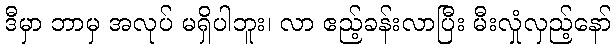
ဒီမှာ ဘာမှ အလုပ် မရှိပါဘူး၊ လာ ဧည့်ခန်းလာပြီး မီးလှုံလှည့်နော်